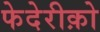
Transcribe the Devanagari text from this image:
फेदेरीक़ो